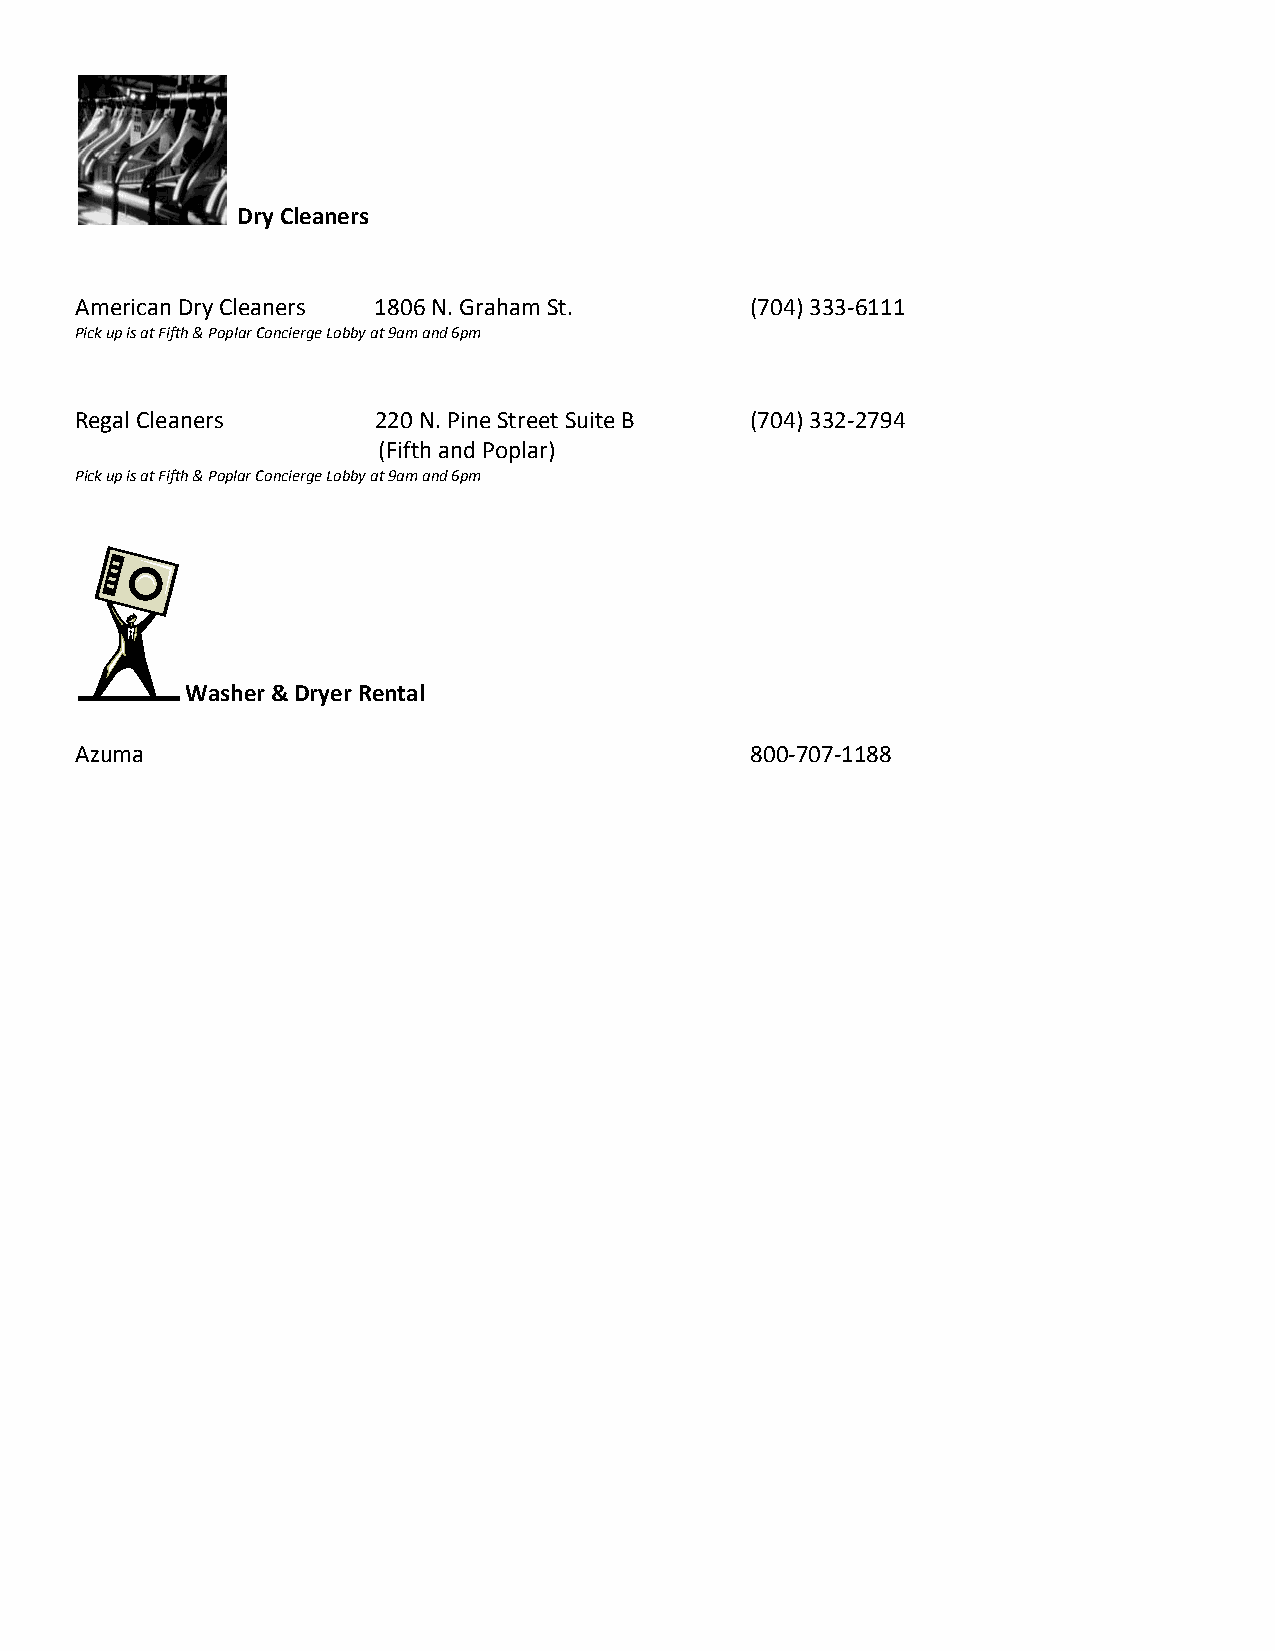
Dry Cleaners
 American Dry Cleaners 1806 N. Graham St.     (704) 333-6111
 Pick up is at Fifth & Poplar Concierge Lobby at 9am and 6pm
 Regal Cleaners      220 N. Pine Street Suite B (704) 332-2794
 (Fifth and Poplar)
 Pick up is at Fifth & Poplar Concierge Lobby at 9am and 6pm
 Washer & Dryer Rental
 Azuma                                        800-707-1188